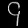
Digit: ၄